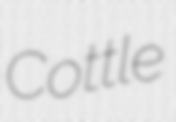
Cottle